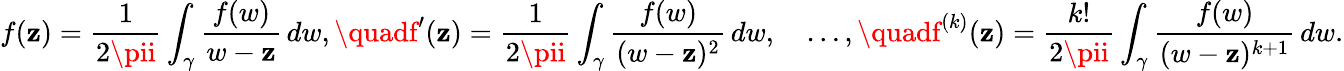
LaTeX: f(\mathbf{z})={\frac{{1}}{{2\pii}}}\int_{\gamma}{\frac{{f(w)}}{{w-\mathbf{z}}}}\, dw,\quadf^{\prime}(\mathbf{z})={\frac{{1}}{{2\pii}}}\int_{\gamma}{\frac{{f(w)}}{{(w-\mathbf{z})^{2}}}}\, dw,\quad\ldots,\quadf^{(k)}(\mathbf{z})={\frac{{k!}}{{2\pii}}}\int_{\gamma}{\frac{{f(w)}}{{(w-\mathbf{z})^{k+1}}}}\, dw.